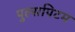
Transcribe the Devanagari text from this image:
पुल्सपिटम